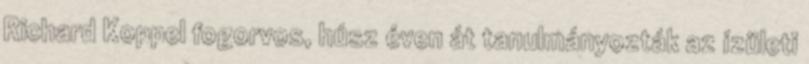
Richard Koppel fogorvos, húsz éven át tanulmányozták az ízületi